Scientific memoirs by medical officers of the Army of India - Part VI,
Year: 1891
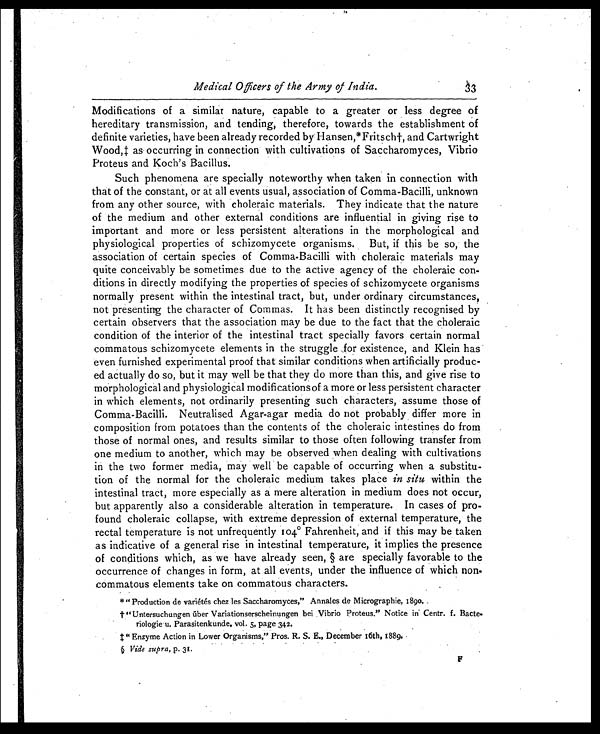
Medical Officers of the Army of India.
Modifications of a similar nature, capable to a greater or less degree of
hereditary transmission, and tending, therefore, towards the establishment of
definite varieties, have been already recorded by Hansen,*Fritsch†, and Cartwright
Wood,‡ as occurring in connection with cultivations of Saccharomyces, Vibrio
Proteus and Koch's Bacillus.
Such phenomena are specially noteworthy when taken in connection with
that of the constant, or at all events usual, association of Comma-Bacilli, unknown
from any other source, with choleraic materials. They indicate that the nature
of the medium and other external conditions are influential in giving rise to
important and more or less persistent alterations in the morphological and
physiological properties of schizomycete organisms. But, if this be so, the
association of certain species of Comma-Bacilli with choleraic materials may
quite conceivably be sometimes due to the active agency of the choleraic con-
ditions in directly modifying the properties of species of schizomycete organisms
normally present within the intestinal tract, but, under ordinary circumstances,
not presenting the character of Commas. It has been distinctly recognised by
certain observers that the association may be due to the fact that the choleraic
condition of the interior of the intestinal tract specially favors certain normal
commatous schizomycete elements in the struggle or existence, and Klein has
even furnished experimental proof that' similar conditions when artificially produc
- ed actually do so, but it may well be that they do more than this, and give rise to
morphological and physiological modifications of a more or less persistent character
in which elements, not ordinarily presenting such characters, assume those of
Comma-Bacilli. Neutralised Agar-agar media do not probably differ more in
composition from potatoes than the contents of the choleraic intestines do from
those of normal ones, and results similar to those often following transfer from
one medium to another, which may be observed when dealing with cultivations
in the two former media, may well be capable of occurring when a substitu-
tion of the normal for the choleraic medium takes place in situ within the
intestinal tract, more especially as a mere alteration in medium does not occur,
but apparently also a considerable alteration in temperature. In cases of pro-
found choleraic collapse, with extreme depression of external temperature, the
rectal temperature is not unfrequently 104º Fahrenheit, and if this may be taken
as indicative of a general rise in intestinal temperature, it implies the presence
of conditions which, as we have already seen, § are specially favorable to the
occurrence of changes in form, at all events, under the influence of which non-
commatous elements take on commatous characters.
*" Production de varietes chez les Saccharomyces," Annales de Micrographie, 1890.
† "Untersuchungen uber Variationserscheinungen bei Vibrio Proteus." Notice in Centr. f. Bacte-
riologie u. Parasitenkunde. vol. 5, page 342.
‡ "Enzyme Action in Lower Organisms," Pros. R. S. E., December 16th, 1889.
§ Vide supra, p. 31.